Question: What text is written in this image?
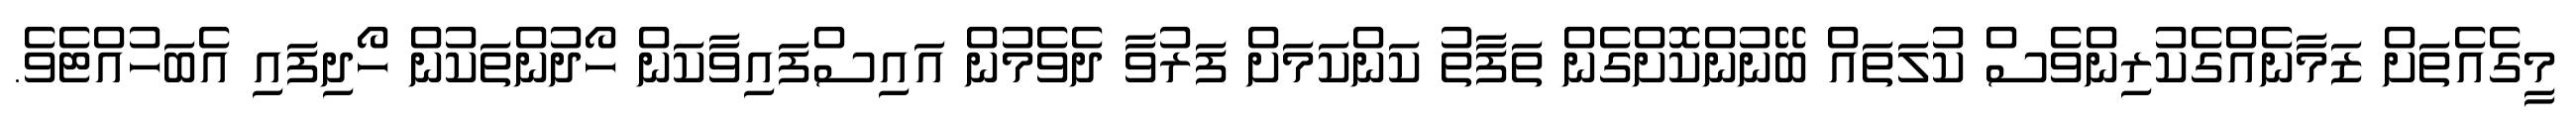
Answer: މީގެއެތަށް ޒަމާނެއްގެކުރިންވެސް ކުލަތައް ބޭނުންކޮށްގެން ތަފާތު ކަންކަމަށް ފަރުވާ ދެވެމުން އައިސްފައިވާކަން ހޯދުންތަކުން ހޯދިފައި އެބަހުއްޓެވެ.